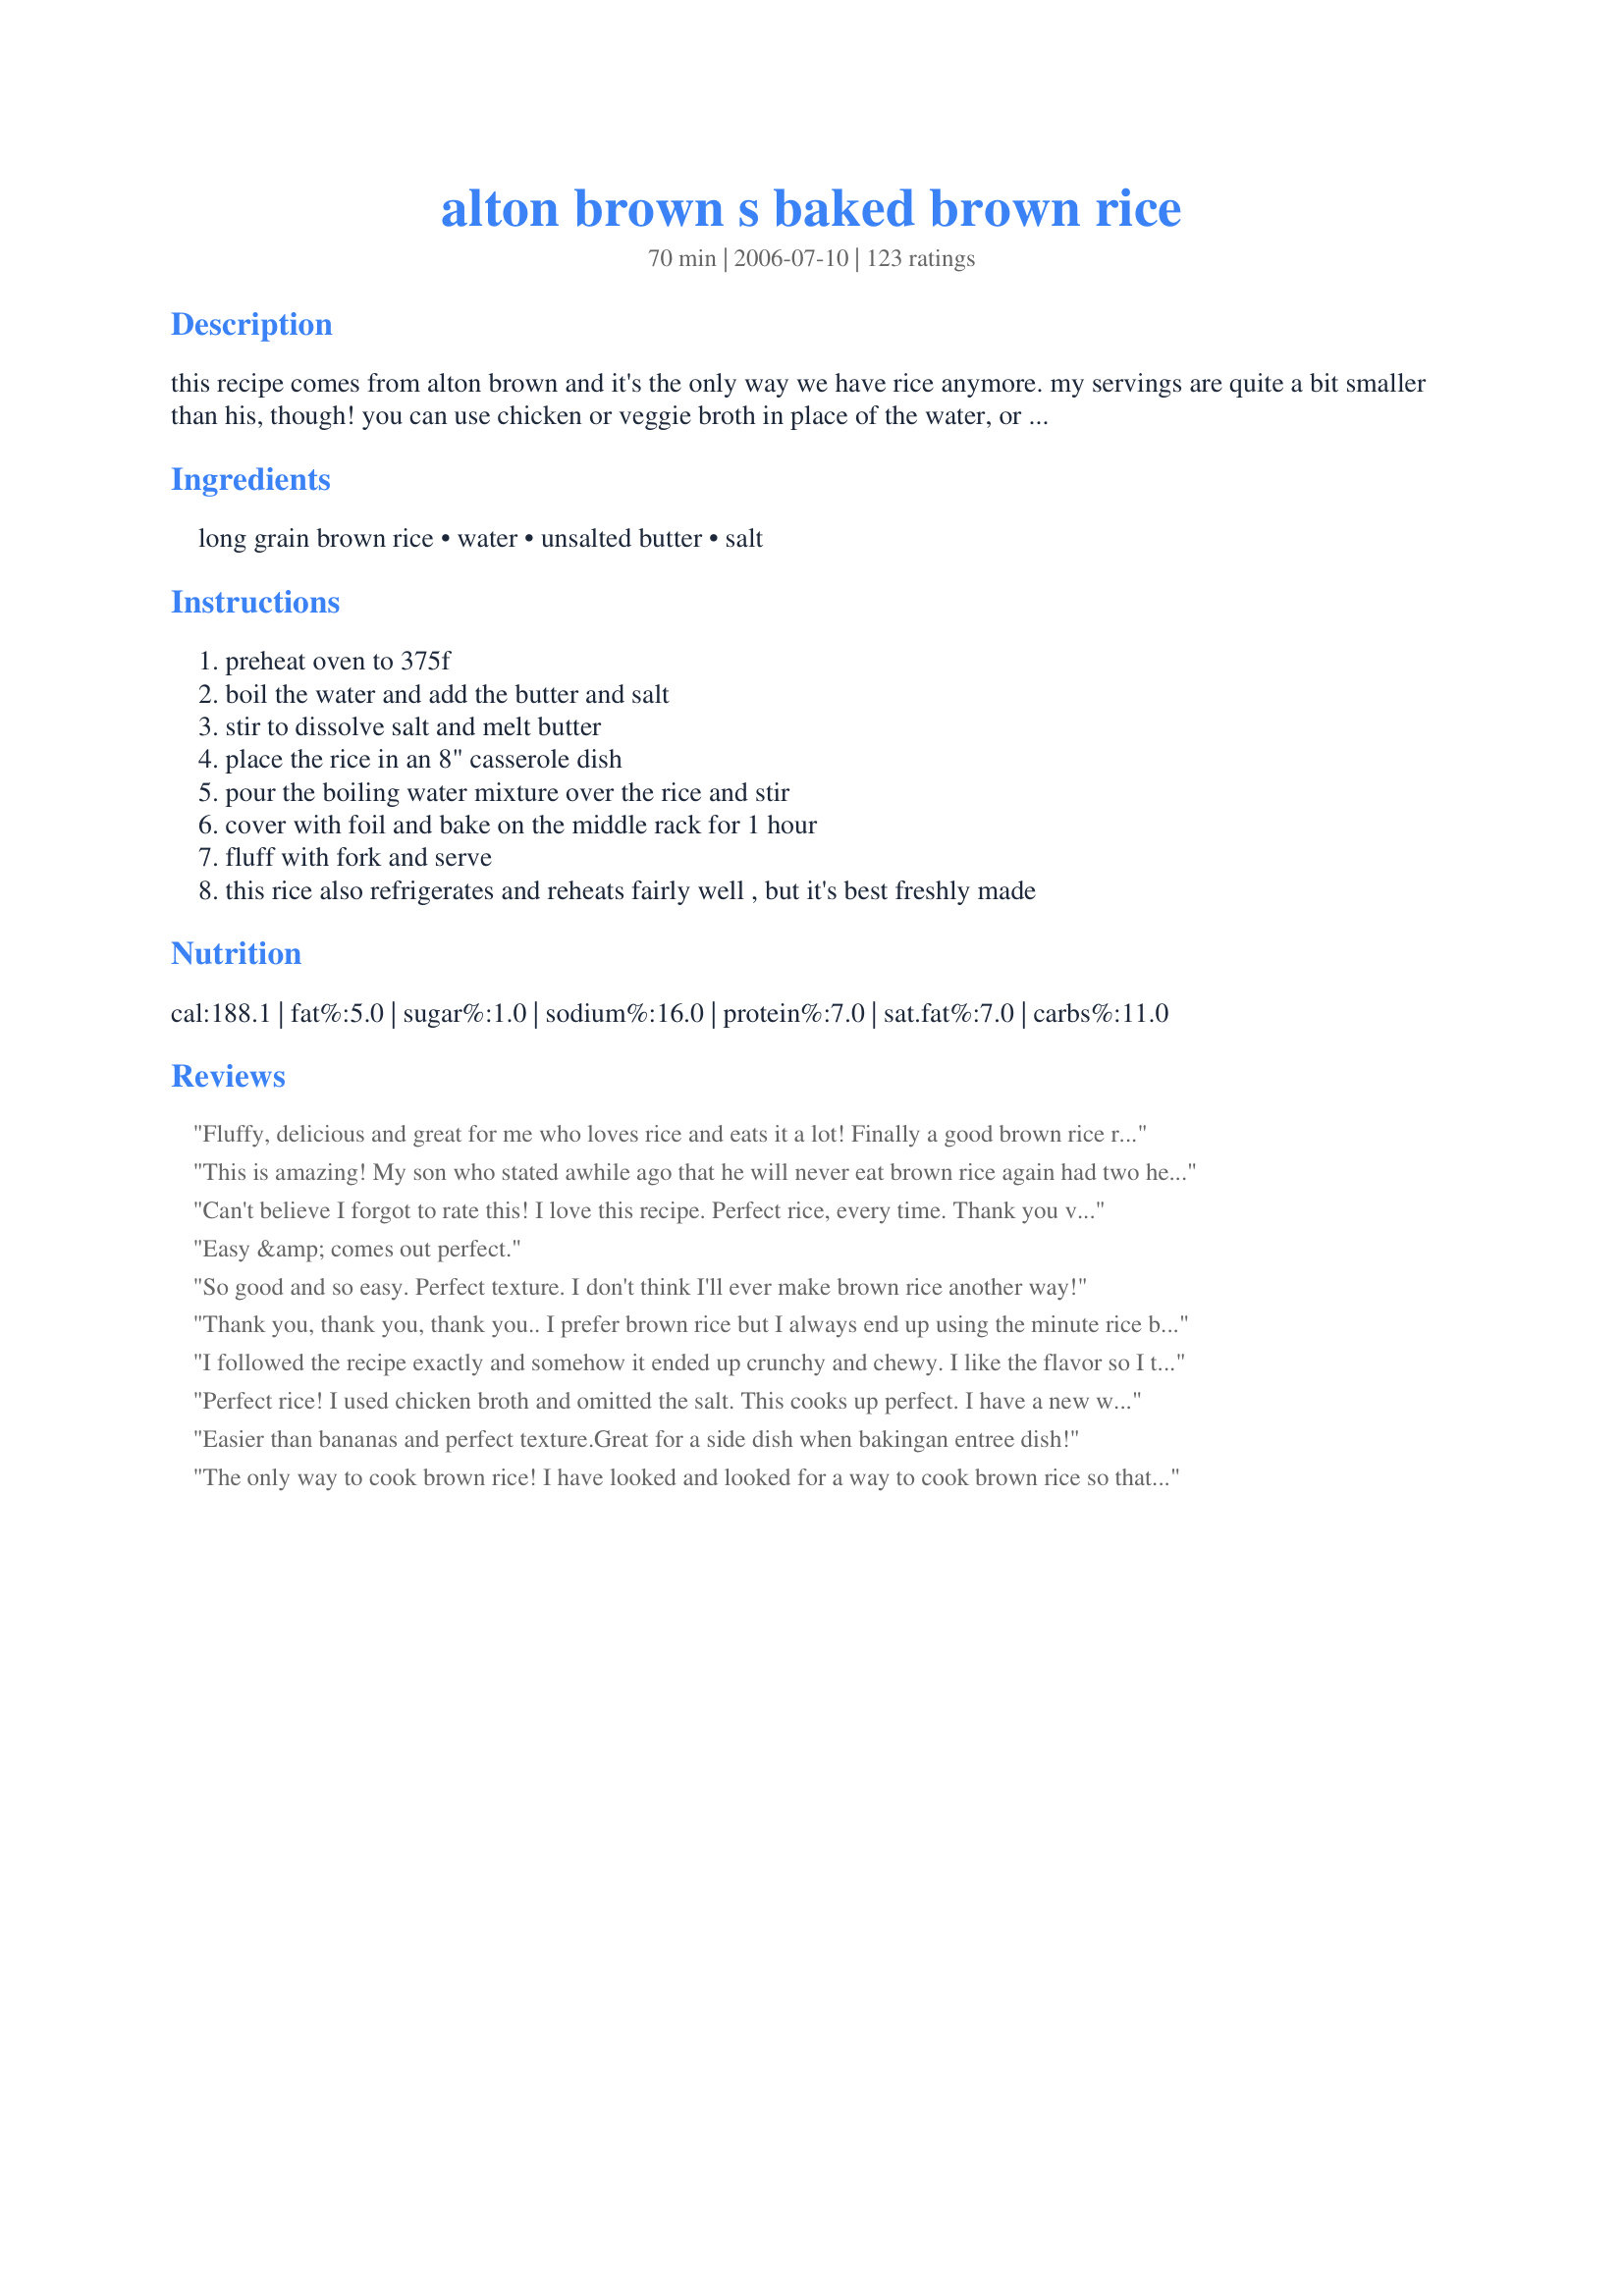
alton brown s baked brown rice
Preparation time: 70 minutes

this recipe comes from alton brown and it's the only way we have rice anymore. my servings are quite a bit smaller than his, though! you can use chicken or veggie broth in place of the water, or add herbs and spices.

Ingredients:
long grain brown rice, water, unsalted butter, salt

Steps:
preheat oven to 375f, boil the water and add the butter and salt, stir to dissolve salt and melt butter, place the rice in an 8" casserole dish, pour the boiling water mixture over the rice and stir, cover with foil and bake on the middle rack for 1 hour, fluff with fork and serve, this rice also refrigerates and reheats fairly well , but it's best freshly made

Reviews:
Fluffy, delicious and great for me who loves rice and eats it a lot! Finally a good brown rice recipe!
This is amazing! My son who stated awhile ago that he will never eat brown rice again had two helpings of it and claimed he wanted the rest in his lunch today. He couldn't tell the difference. Bakes up nice, fluffy and tasty! This is most definitely a keeper! Thank you lthilwen!
Can't believe I forgot to rate this! I love this recipe. Perfect rice, every time. Thank you very much for posting this. I use this all the time.
Easy &amp; comes out perfect.
So good and so easy. Perfect texture. I don't think I'll ever make brown rice another way!
Thank you, thank you, thank you.. I prefer brown rice but I always end up using the minute rice because I always have problems when making long grain brown rice until now! This recipe is so versatile and I look forward to making it again and again!!!
I followed the recipe exactly and somehow it ended up crunchy and chewy. I like the flavor so I think I will try it again... possibly at a lower temp.
Perfect rice! I used chicken broth and omitted the salt. This cooks up perfect. I have a new way to prepare brown rice. Thanks so much for posting!
Easier than bananas and perfect texture.Great for a side dish when bakingan entree dish!
The only way to cook brown rice! I have looked and looked for a way to cook brown rice so that it isn't chewy. This is tender and fluffy and so much better for you than white rice.
Delicious! I was skeptical that it would be that much better than normal, but I loved it! DH and the kids love it too, asking for seconds and even thirds. I don't make rice any other way now. The only thing I do differently is I use olive oil instead of butter and it's great that way.
I also usually double the recipe in a 13x9 because the family likes it so much!
 This was perfect. I added chix broth and onion and garlic powder to the water. Very easy to make when I did not want to stand in front of the stove- I just wanted to put it in the oven and forget it.
How wonderful; a healthy, terrific, foolproof method for cooking perfect brown rice. I'll never go back. Many thanks!
This was great. Cooked perfectly all the way through. We will definitely be converting to brown rice. Thanks for sharing!
So good! It's easy and better for you than white rice.
I have made this dozens of times, for various types of dishes, and have NEVER been disappointed. Even though the hour cooking time is sometimes longer than the rest of dinner, I always make time for this rice. Tremendous recipe!
Makes lots of rice! I've tried baked rice before with crunchy rice at the end...The key is definitely to boil the water first. Will make this often!
This was good, but I think next time I'll reduced the amount of salt.
Very tasty and easy! I used chicken broth instead of water, along with garlic salt and olive oil. Very, very good!
So disappointed! I followed the directions to the letter but the rice was maybe 3/4 of the way cooked - still crunchy. Had to throw it out - what a waste of food... :-(
Fantastic. Its the ONLY way I make rice anymore. Its so simple and yet tasty without a lot of fuss!
This is a foolproof recipe. I have used it 100's of times and always turns out perfect I have added fresh or dried herbs and different kinds of stocks and it always perfectly cooked. Just beware of how salty your broth is that you are using so you can adjust how much you add if any at all.
Best brown rice I ever made!!! Thanks!!
Excellent. I used turkey broth instead of the water and only 1/2 teaspoon of salt. Due to poor planning on my part the rice was done before the rest of my meal but was fine after sitting and waiting under my tea cozy! I also took a idea from another recipe and browned the rice in the butter first for added flavor.
Perfect every time! 
I have had a lot of fun with this basic recipe. Sometimes I use curry powder and Indian herbs and spices and sometimes I make a pilaf using chopped onions, poultry seasonings. Thanks for this reliable recipe!
I tried it and this is the only way I make brown rice now. I omit the butter and its delish!!
This is a pretty good recipe. I did make a couple of changes. I halved the recipe because I only had a small amount of brown rice left. I skipped the salt and added 1 tsp chicken bouillon to the water along with a half tbsp of butter. I covered my casserole dish with aluminum foil and then put the casserole lid on top as well. This is a great basic recipe and next time I will definitely experiment with different herbs and spices.
Wonderfully good....Wonderfully simple! I highly recommend this recipe....I tend to use broth as the liquid in making this but I have tried this with water as well....Always a winner....
Thanks!
Terrific recipe. Rice is fluffy, tender, but with a slight amount of bite. I did it not in an 8" casserole but in a glass Pyrex bowl with a top and it was just great; I didn't use the foil. Next time I will try it with the foil, and see if it is any different, and let you know.
This review is long overdue... simply put, this is the only way I make rice in my house. I found that using a covered dish works as well, if not better than aluminum foil.
Very easy and good. I made a triple batch for a large family gathering and was a little nervous it might not work - but - it was perfect rice, right out of the oven.
Perfect! My rice cooker does a great job on white rice, but brown is always a little too sticky. This made perfect, fluffy brown rice. Doubled the recipe, used my teakettle to boil the water then combined it with the butter before adding rice. Baked in a covered corningware dish.<br/><br/>Also, rice cooked this way is handy for OAMC. Package the rice in microwaveable bags while it's still warm, then freeze. I get great results from the Glad steamable bags - nuke 2c of rice for about 4-5 minutes.
Finally a way to cook brown rice. I almost gave up on this good rice. Never using another method. THANK YOU!
I loved it, as did the children. Husband said it needed more flavor for his taste, but appreciated the texture. I may try Ithilwen's suggestion by using some broth in place of the water to see what happens. Thanks
This gets ten stars!! I have terribly bad luck with rice, but this was perfect. I couldn't believe how nicely it cooked. I used half chicken broth rather than just water, and added some thyme, black pepper, and marjoram.
Used it many times...comes out perfect.
I sauteed my rice first and the finished product turned out a little crunchy. I LOVED IT THIS WAY! Lots of texture and nuttiness. The grains stayed whole and fluffed nicely. Next time I'll try it with chicken broth and maybe add a bay leaf to the mixture.
Excellent! I don't usually enjoy rice, any rice, but recently joined WW and wanted to try brown rice. I made it exactly and it was so tasty. I loved the crunchy bits around the edge. This is a definite keeper!!
The best! I use Better than Boullion chicken base in the water.
such an easy way to make brown rice! i like that it can cook on it's own while i make the rest of the meal, too.
LOVE LOVE LOVE this recipe - reheats well too. Made it with chicken stock and will reduce the salt next time as it was a tad salty but great flavor and texture. Thanks
Great way to do brown rice. Used in veggie burgers.
Oh, this came out perfect! We eat a lot of brown rice, but it never really tastes "good". I will use this recipe on a weekly basis! Thank you so much!
Easy and perfect. I've also added mushrooms, minced garlic, dried onion and 1/2 cup of canned pumkin and it was amazing. This recipe is fool proof and can be altered easily. Thanks for posting.
I'll NEVER boil brown rice again!
This is the only way my husband likes brown rice!
I am soooo impressed! Nothing could be easier than throwing this together and get perfect rice that's fluffy and doesn't stick together. I will NEVER boil again! I used olive oil rather than butter and baked it in a round casserole dish with a lid. Thanks so much for posting this!
This technique works great! I tried increasing the water and using my rice cooker and the bottom of the rice burned. Anyway, so this technique works great. Next time I will add broth and herbs and spices for flavor.
Absolutely love this rice recipe. It's worked out perfectly every time I've made it. Highly recommend it.
Perfect every time!
Wonderful and easy!!! I did this in my dutch oven so I boiled the water and then just added the other ingredients and rice to that so I only had to use 1 pot!! It turned out perfectly cooked and fluffy. Had a good, nutty flavor and tasted just like brown rice should taste!! Added a bit of fresh cilantro and lemon juice and it was delish!! Served with mixed vegetables and recipe#272182 for a nice healthy meal!! Thanks for posting!!
I will never cook brown rice on top of the stove again. This was so easy.
Thanks for sharing.
We love the brown rice so when I saw this I wanted to try it. We used this as the base for some shrimp and crab fried rice. It was the perfect rice for this kind of dish. I have used this many times since discovering it awhile back and will continue to use it when I make rice!
We love brown rice and prefer it to white. This simple method for cooking it is such a great find! No stirring or watching and you just throw it in the oven and get perfect rice every time. Thanks for posting this. This will be a weekly recipe in our household.
What an easy and flavorful way to cook brown rice! Thanks!
Easy, tasty and good. I would add scallions or celery when time allows.
Best way to make brown rice; tasty!
Thanks so much for this recipe! I am always trying to cook healthier for my family and had one heck of a time using brown rice cooked on the stovetop for fried rice. When it was cooked on the stovestop it was far too glutenous to use for frying. This simple method makes the perfect rice to chill and make into fried rice. Thanks again!
I use a 1/2 cup of wild rice
Great! I usually have quite a time with brown rice,but this comes out perfect.
I baked brown rice using this method last night and we were so happy with the way it came out! Flavor and texture were perfect. Thanks for posting this recipe!
Great recipe, I gave it 5 stars even though I made 2 changes... I used chicken broth instead of plain water and olive oil instead of butter. Rice was cooked perfectly after an hour and it didn't have that really gritty/grainy or mushy texture my brown rice usually ends up with!
Seems foolproof! Worked the first time, perfectly done. Brown Rice is easy to mess up and get undercooked... I&#039;ll definitely di it this way again. Thanks!
Followed this recipe exactly and it was simply wonderful! I will be using this all fall and winter long, I am sure. So easy to add this rice to soup, or make fried rice, or serve with beans. Or rice pudding...okay, you get the idea! Thanks for sharing!
Okay I must have done something terribly wrong. The flavor is great but my rice was not done. I did cut in half so maybe I made an error. I will definitely try again. I LOVE Alton =) Update - I tried this again and it was great!! Don't know what happened last time other than I used chic broth, but that shouldn't change measurements, right? Oh well - the rice was perfect this time - fluffy and light and yummy!
Wow. Can't thank you enough for this recipe. My husband loves Chinese food & therefore loves rice--but white rice is just so not healthy. This was very easy. I only used about half the butter & 1/4 tsp salt. THANK U to the folks who made sure to let us know that halving the recipe doesn't work for some reason!! I used a nonstick pan & sprayed the bottom w/ nonstick spray--something I'm glad I did or else the rice would have probably stuck. I would suggest covering the dish pretty tight w/ foil; I had a feeling that was important. I didn't try the rice but my husband said it came out great! thank you again!!
That was first time I made brown rice and it was very good! I did use chicken broth instead of water and added some garlic powder and dry parsley flakes just for fun of it! My DH said that from now on he wants only brown rice baked like this, no more white rice. And leftovers that we had next day tasted great too!Thank you for great recipe!
I've been using this recipe for so long and I LOVE IT!!! I have double and even tripled it and it still turns out great!
I have made this several times and it is always great. No more crunchy brown rice! This turns out perfect every time.
The only reason for 4 stars is because our rice was a little bit crunchy-I just need to tweak the ratio a little bit.
This is so tasty and easy (although it does take an hour to bake, you don't have to think about it until it's done -- just dump the ingredients in and bake)! I used veg broth instead of water to give it a bit of flavor, but all other ingredients are the same. Delicious!
I have been making rice this way since I first found this recipe on Zaar, but never got around to writing a review. After reading the reviews here, I wanted to add one of the reasons I love to do my brown rice this way. Not only is it a great tasting rice, but you can make up a large amount of it, divide into plastic freezer bags and freeze for later use. The rice reheats wonderfully, and it is a great time saver. Thanks Seedbeads for sharing this Alton Brown find.
so good. I added Better than boullion- chicken , Cumin, Chili Powder tarragon vinegar and a pinch of cilantro I ate with recipe#89204. I don't know how this should be rated as I ate together.
The ONLY way to make brown rice. We add different seasoning based on what we are having for dinner. Our favorite is adding cilantro and lime juice for mexican night.
I finally found a way for my family to like brown rice!!! Thanks so much for this recipe and for all of those who recomended it!! I use chicken broth instead of water, but everything else is the same. this will be the standard rice in our house now.
Awesome! I loved this, my husband too, and my two girls (who normally don't like brown rice) had 2 refills! Thanks.
Best brown rice you'll ever eat!!!
Made exactly as directions say. Came out perfect. I will try it with herbs or veggies next time. Thanks!!
Wow, now I know what all the fuss is about. I've never had any luck with brown rice until now. I followed the recipe, used chicken stock instead of water. Best brown rice ever. I was making my Rummy Baked Chicken recipe #403316 that cooks for the exact same temp and time. What an easy and delicious meal. This is the only way I will make brown rice from now on. Thank you Seedbeads (and Alton)
This was excellent rice! What a great way to cook it!
Easy & great. Trying to convince the family that brown rice is better than white - hence the great and not excellent!
This is the only way I eat brown rice at home. I also use chicken broth instead of water and add a bay leaf and garlic powder. I can't remember the last time we had white rice -- this is so much tastier.
This was the best brown rice I have eaten. I have cooked rice for years, and am now reformed. I made no changes and came out perfect. I love that there is a little browning around the edge of the dish, giving the rice a more nutty flavor. I have in the past usually made brown basmati rice because I was not crazy about reg. brown rice, not anymore. And one little fact about brown rice: everyone knows it's better for you, helps keep sugar levels even, more fiber, but studies have shown that eating 20% of your daily diet as brown rice reduces blood pressure--I eat quite abit and now I can say I am enjoying it.
I do only add half the salt, and a little of the salt substitution, I don't miss it. Thank you for sharing this recipe.
Oh man. If you have the time, this is THE BEST way to make brown rice. It's how I've been making it ever since I saw the show. Thanks for posting! I always seems to lose the recipe. lol
Perfect way to cook rice! I did use vegetable boullion so I didn't add additional salt ... very tasty and not "mushy" as rice can sometimes be. Served with Spinach Saute With Brown Butter and Garlic (#110043) and Salmon Loaf Supreme (#17572). Super easy meal!!
Simple and yummy. Can make it Italian with an Italian herb blend, Mexican with some cayenne and cumin to serve with black beans, or Chinese with a bit of soy sauce and ginger.
Yummy! I made mine chicken flavored by cutting the salt and tossing in a chicken boullion cube, my 2 yr old loved it and ate more than I did!
Perfect! So easy and the only way I'll make it from now on. Perfect amount of salt, I also added pepper
This didn't work for me! :(

Not sure what happened. I halved the recipe, but am positive I calculated correctly and followed all instructions. Rice was crunchy and unedible. :(
This is the ONLY way for a diabetic to eat rice!!! I leave out the salt and use salt free stock(homemade) for the water... YUM. Also, I sometimes add 1/4 c wild rice, especially with poultry.
Where the heck has this recipe been for years?!?! This was the best rice I have EVER had. I added some oregano, rosemary, parsley and garlic salt instead of the salt. My family loved it as well. If I could've rated this higher than a 5, I would've!!! Thanks for the awesome recipe.
The ONLY way I will ever make brown rice from now on! Easy!
This is a great way to cook brown rice, have made a few times and love it. Have also used olive oil and broth with great results. Thank-you!
Wow, it works! I suck at making rice, even in a rice cooker. I used short grain brown rice, boiled Earth Balance and water in the micro, and otherwise did as directed. I cannot believe it was this easy.
Fluffy texture and perfectly cooked! The basic recipe is too bland, but this is going to be great with some extra 'fixins'!
The texture of this brown rice comes out perfectly, if you follow the recipe exactly. I've tried to cut the recipe in half, since I cook for two. It doesn't come out right unless you use the full amounts. So I make this recipe when I know I am going to make something with brown rice the next day.
Love it! I was skeptical that it would turn out but it did. I loved the texture, nice and dry and fluffy. I think I will never boil again :)
This is the easiest way to make brown rice and it always comes out perfect! I love that I can make a bigger batch this way as well as cook something at the same time.
Loved everything about this recipe - the ease, the method, the flavor. I added a little additional chicken stock. Everyone agreed this was a hit!
I skipped the salt and used olive oil instead of butter, since we'd be using soy sauce to season it after cooking. The method is perfect, though.
Very good.
I love this rice as well. I have made it multiple times and it is the only way that I will make brown rice. I use it all the time. I only make white rice if I forget to plan and don't have the time to make this! WONDERFUL!!!
This worked really well with short-grain brown rice. It wasn't at all sticky, as it often is when I make it on the stove top. I replaced the butter with oil and seasoned it with lime juice to serve with black beans.
Can only repeat what other posters have said. Only way for me to cook brown rice, ever! Thnx for posting.
A simple and delicious keeper-- the only way I'm making brown rice from now on! I used water, butter, and a little garlic powder with brown basmati rice. I made half but next time will probably make the entire amount and freeze the extra, it came out way better than when I usually make it on the stovetop...I love that I can just tuck this in the oven and forget about it for an hour for ultimate laziness instead of having to keep an vigilant eye on the stove (where it still ends up burning anyway.) Next time I might use a little more water as some pieces came out a bit dry, but overall the texture and flavor were great. Will be making over and over again!
This is amazing! I love the texture the rice is by making it this way. It is a great base recipe.
I make this all the time at home. I eat half of it for breakfast over a week or so. Chop up some nice pepper bacon, sautee some onions, toss the rice in a little bit of the pepper bacon fat to reheat, and top it off with an over easy egg or two.
This was Outstanding!

I have been trying to use more brown rice and added that the white rice I had left. This cooked up perfect! Even leaving out the salt and using my yogurt butter!

Have even made "leftovers" into a mock Fried Rice by adding vegi's but no egg!

Thanks so much for sharing this wonderful recipe!
This is awesome both broth and water. We've made rice this way several times.
Rice cooked perfectly, minimal work involved. Next time I will add some type of seasoning, and use broth to give it more flavor.
This is the absolute BEST way to make brown rice! I cut the salt in half and it tastes great. One thing I like about this method is that the rice can be made ahead, refrigerated, and reheated in the micro with just a teaspoon of water to rehydrate it. Other methods leave the rice hard as a brick if refrigerated so this one's a keeper!
Whoa- this is one of those recipes that change my opinion about a food! DH and I will sometimes eat brown rice but don't look forward to it since it normally ends up chewy and very bland. That ends right now...this recipe was not only easy but yield extremely tasty rice. Perfect texture, surprisingly flavorful for having such few ingredients plus the benefit of brown rice! I even reheated some for lunch today and thought it was just as tasty that way. I added a little garlic powder and some green onion before I served it up. Wowser- we're converts now!
I can make rice! One would think that it is a simple task, but rice cookery has always eluded me. I made this with no problem and it tasted great! I substituted chicken stock for the water and used jasmine rice. Thank you, thank you!
Wow, thank you so much for posting this recipe, what a difference it makes! My new diet requires all grains to be whole grains, so I've been eating brown rice for the past month and hating every bite. This rice was fluffy and delicate, not soggy or bitter. I added 1 t of no-sodium chicken boullion granules and the flavor was perfect. Next time I'll add some onions too. Definitely a keeper!
This recipe works and I would use it to free up a spot on my stove if needed. Having said that I just as soon cook the rice according to package directions on top of the stove. No need for butter added there.
This is delicious. My DD's both loved this and have requested this everytime we make rice. I did add some chicken bouillion cubes to the water and butter mixture. Thank you for sharing this easy side dish.
Absolutely great recipe. I have always made my rice by boiling it, but kept getting inconsistent results (sometimes too watery, sometimes too dry). This is so easy to do and the rice comes out perfectly. Thanks for sharing!
This was my first attempt at cooking brown rice and it turned out very nicely. After taking the rice out of the over I added some mushrooms that I had sautÃ©ed with some olive oil and fresh dill. The rice itself had such a great texture, so I will be using this method again. Thanks!
I have stuggled with cooking brown rice in the past and hadn't made it since. Now I can have it whenever I want, because this recipe is perfect. I have made this twice now with perfect rice both times. Thanks so much for posting this recipe on zaar.
So easy, and the rice came out perfectly! No extra water in the bottom of the dish, and the rice had a nice nutty flavor - more so than when cooked on top of the stove. Thanks for posting! -M =)
I normally do not like brown rice, the texture creeps me out for some reason. However my sweet hubby loves it. This recipe makes it enjoyable for both of us. I dont know if it is the butter or if it is the slow cooking but this simple recipe hits the spot with me. I did everything exactly as your recipe stated then I realized I had no tin foil. So I put it into my clay baking dish with a cover and it worked perfectly. My clay dish said to soak the dish for 15 minutes before use and I didnt but it worked out great. I used this rice for Recipe #94941 and I am sure I will be using it for many many recipes to come.
This is the only way I can cook rice properly! It is so amazing that there is no more undercooked, burnt, or watery rice in my house! Since it takes so long, I make a batch or two ahead of time to have rice ready for whenever. Alton Brown truly is amazing!
Wonderful, wonderful, wonderful!
This is the ONLY way I ever make rice now. I've been using this recipe for over a year now.
I halve the butter as I'm on a diet and it still works.
Thank you!
